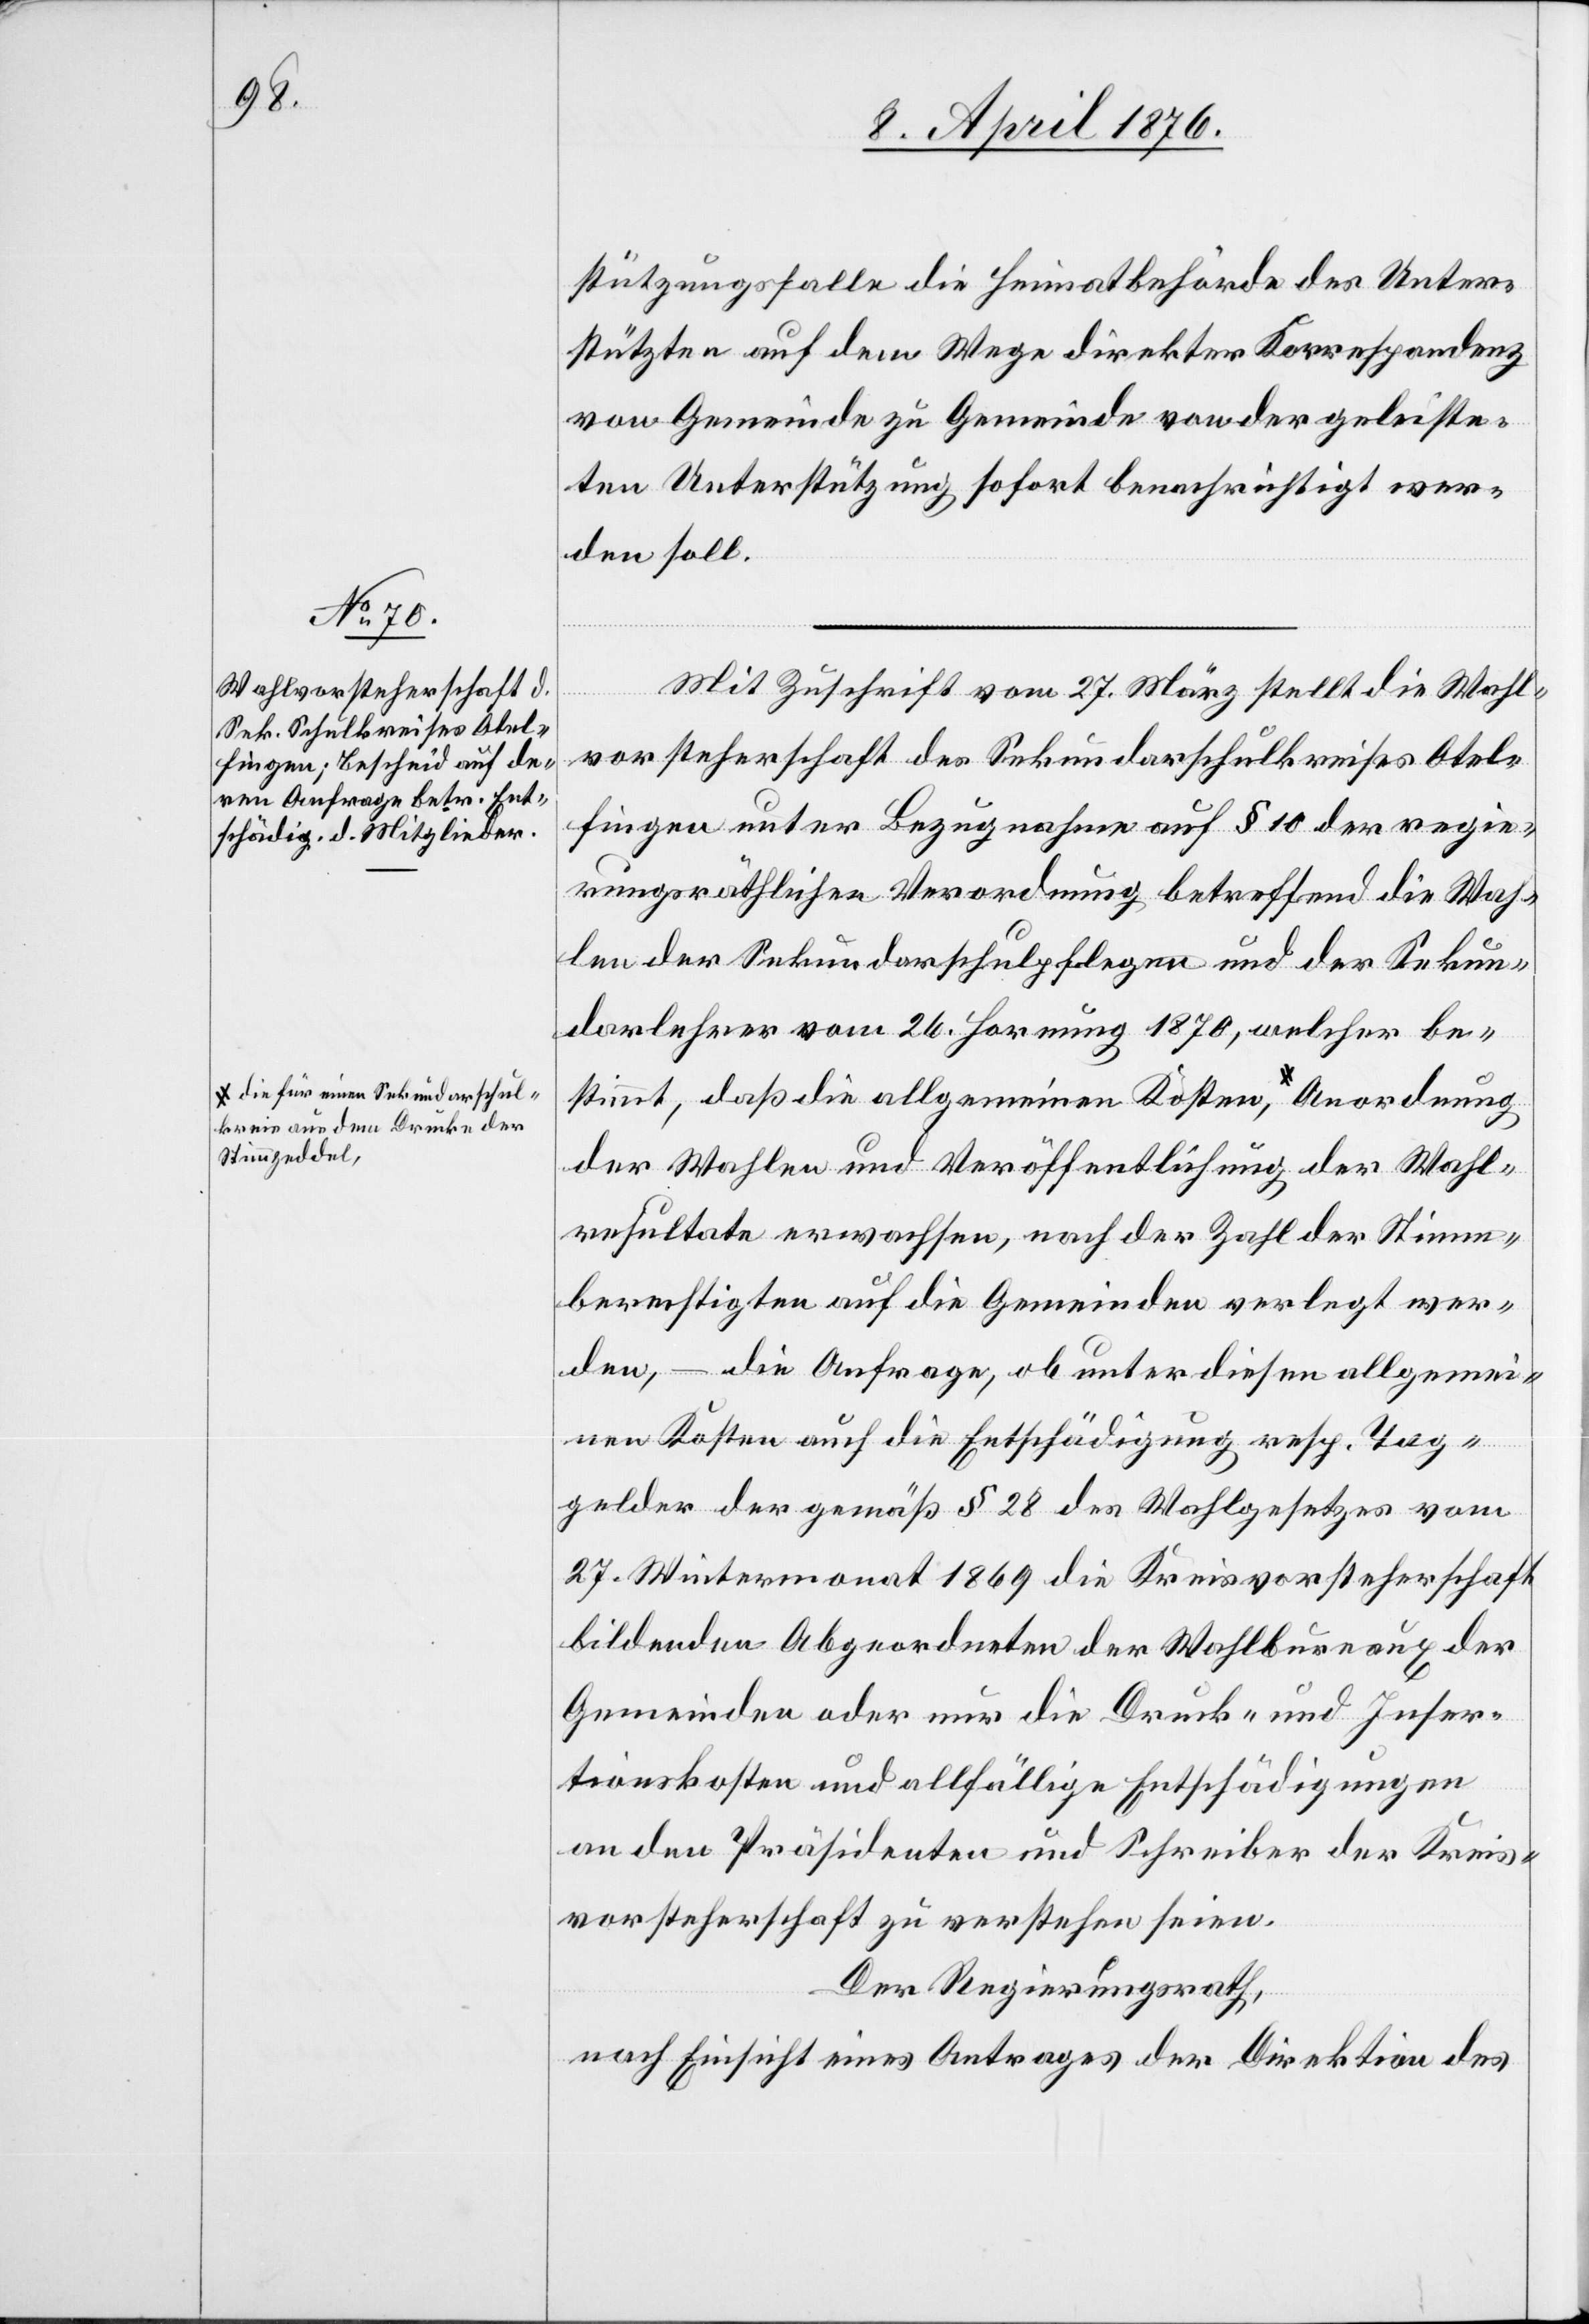
lkreis aus dem Drucke der
Stimmzeddel,-a

stützungsfalle die Heimatbehörde des Unter¬
stützten auf dem Wege direkter Korrespondenz
von Gemeinde zu Gemeinde von der geleiste¬
ten Unterstützung sofort benachrichtigt wer¬
den soll.
dnung
Mit Zuschrift vom 27. März stellt die Wahl¬
vorsteherschaft des Sekundarschulkreises Otel¬
fingen unter Bezugnahme auf § 10 der regie¬
rungsräthlichen Verordnung betreffend die Wah¬
len der Sekundarschulpflegen und der Sekun¬
darlehrer vom 26. Hornung 1870, welcher be¬
stimmt, daß die allgemeinen Kosten, a-die
der Wahlen und Veröffentlichung der Wahl¬
resultate erwachsen, nach der Zahl der Stimm¬
berechtigten auf die Gemeinden verlegt wer¬
den, – die Anfrage, ob unter diesen allgemei¬
nen Kosten auch die Entschädigung resp. Tag¬
gelder der gemäß § 28 des Wahlgesetzes vom
27. Wintermonat 1869 die Kreisvorsteherschaft
bildenden Abgeordneten der Wahlbureaux der
Gemeinden oder nur die Druck- und Inser¬
tionskosten und allfällige Entschädigungen
an den Präsidenten und Schreiber der Kreis¬
vorsteherschaft zu verstehen seien.
Der Regierungsrath,
nach Einsicht eines Antrages der Direktion des